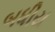
બધીય